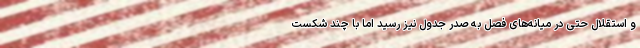
و استقلال حتی در میانه‌های فصل به صدر جدول نیز رسید اما با چند شکست